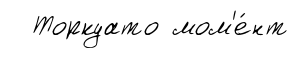
Торкуато мом'е́нт